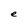
Character: e